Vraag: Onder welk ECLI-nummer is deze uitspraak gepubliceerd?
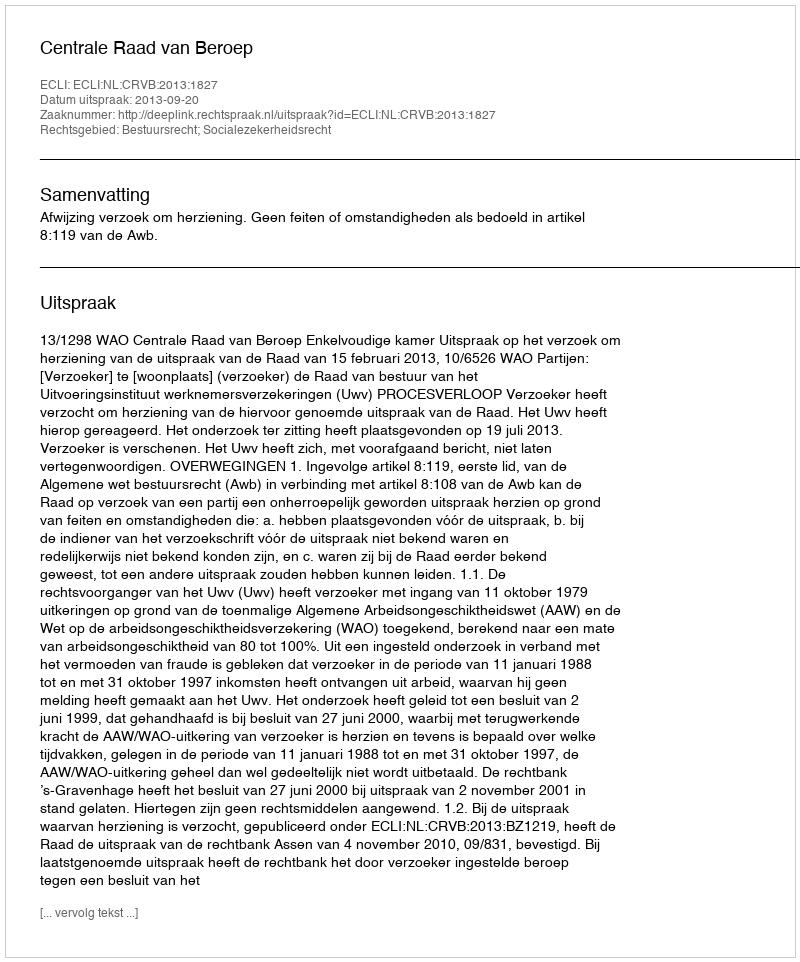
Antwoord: ECLI:NL:CRVB:2013:1827